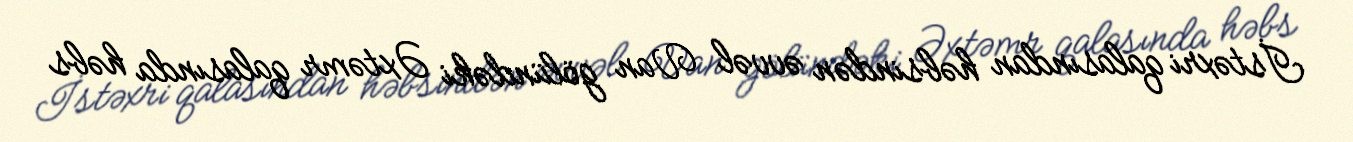
İstəxri qalasından həbsindən əvvəl Van gölündəki Əxtəmr qalasında həbs